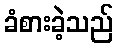
ခံစားခဲ့သည်